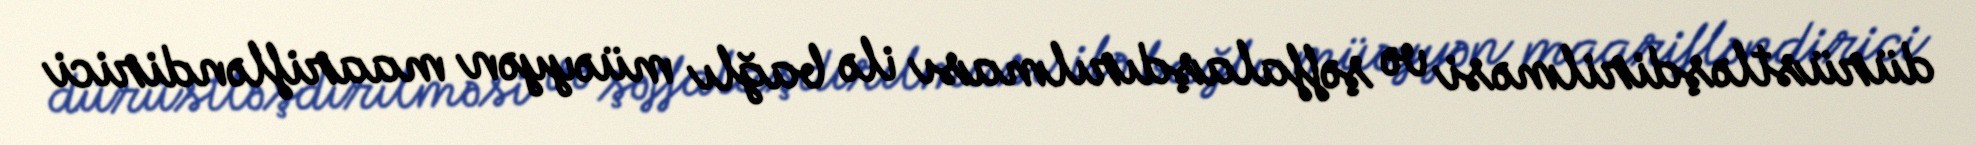
dürüstləşdirilməsi və şəffalaşdırılması ilə bağlı müəyyən maarifləndirici